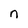
Character: n